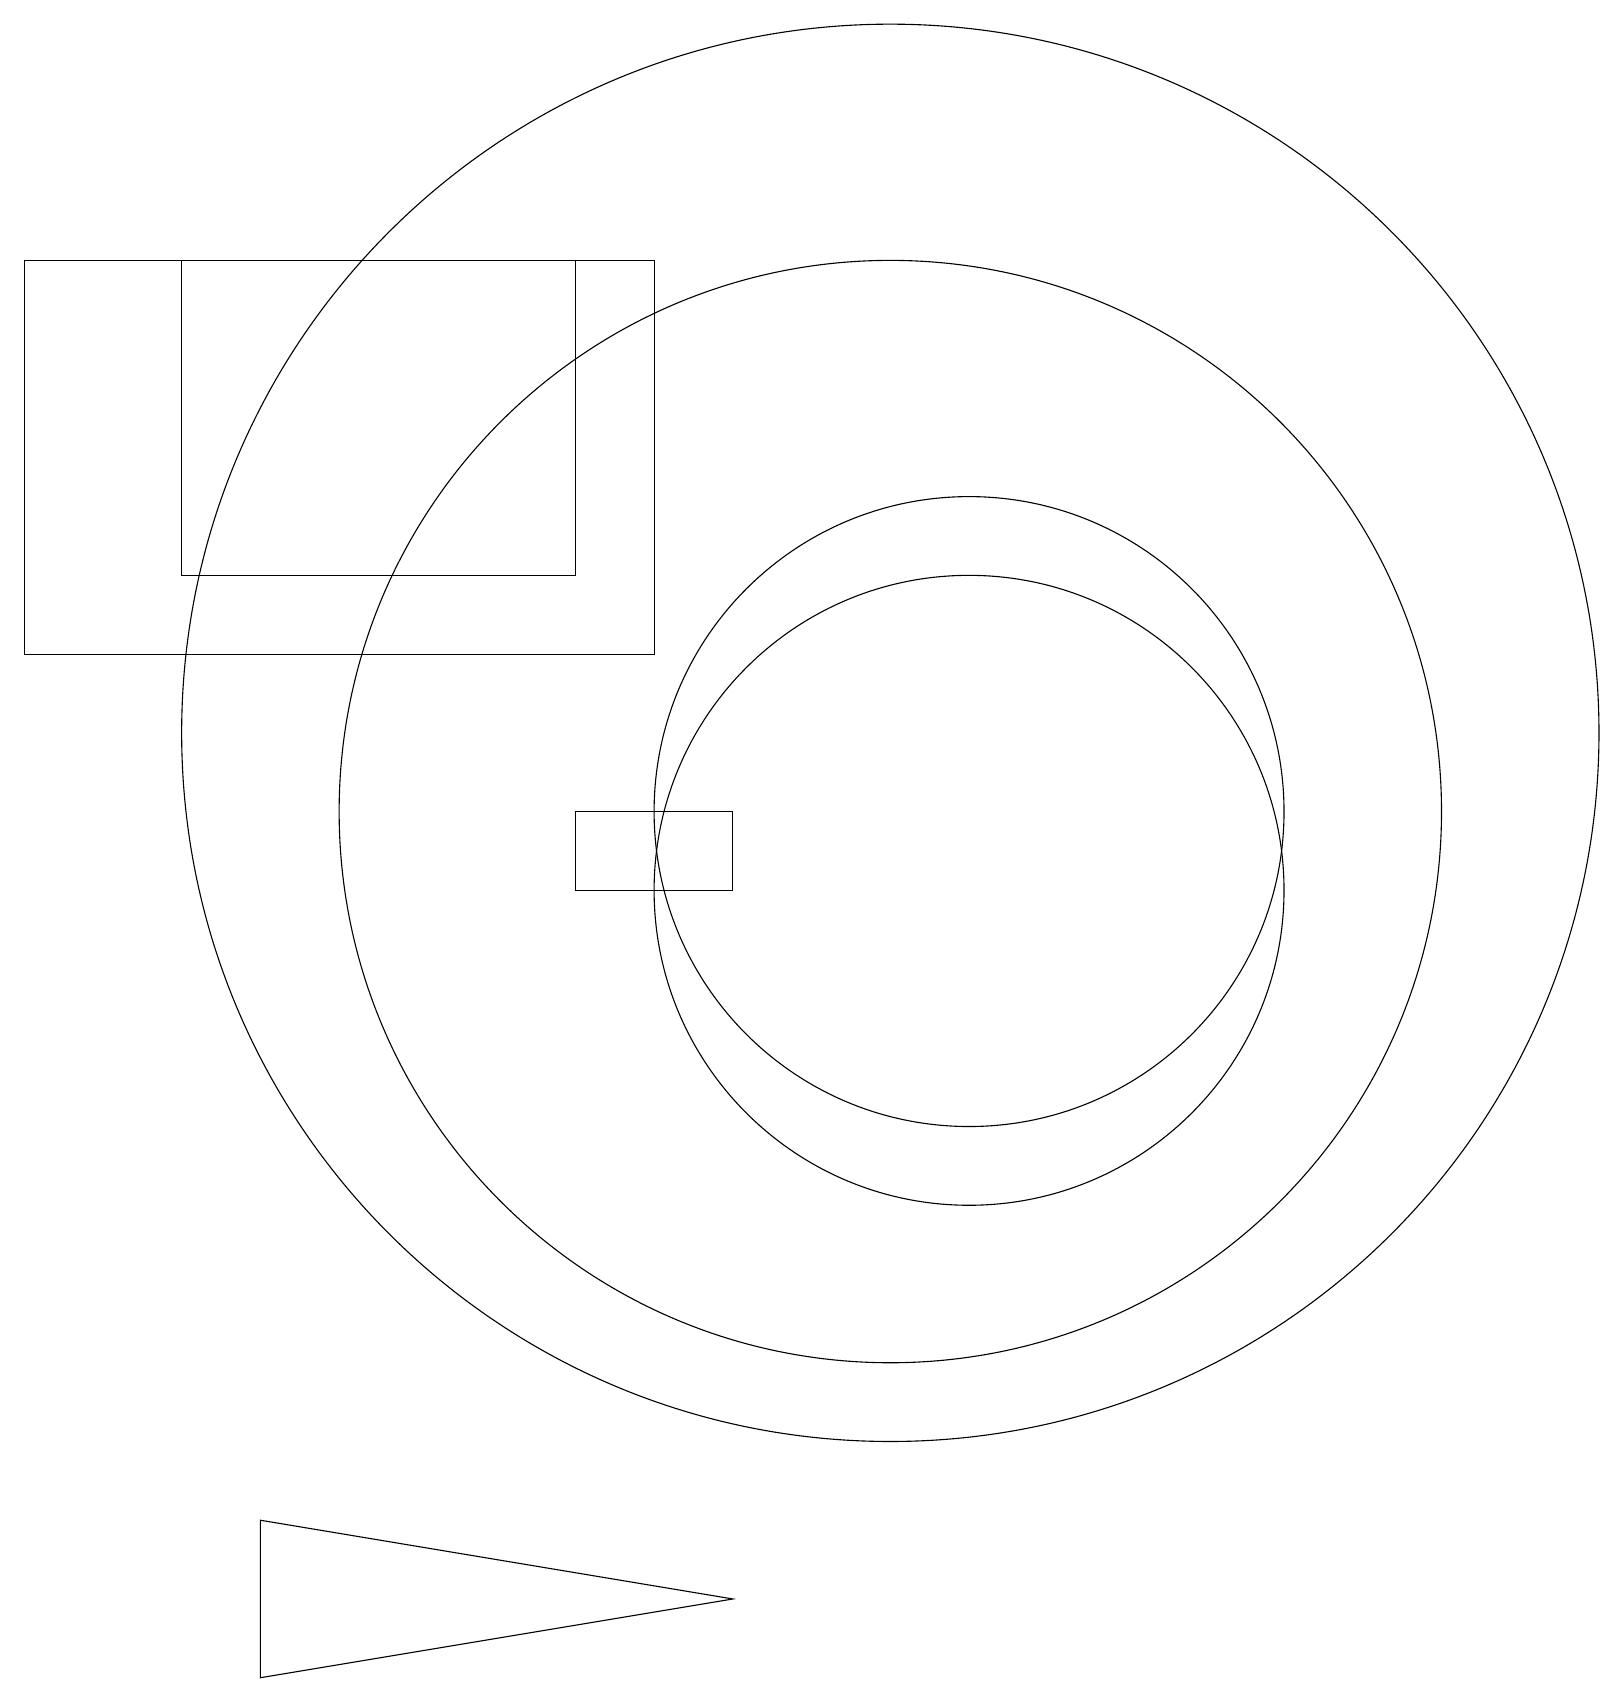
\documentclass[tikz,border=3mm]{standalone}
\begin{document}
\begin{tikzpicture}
\draw (3,0) -- (3,2) -- (9,1) -- cycle;
\draw (2,18) rectangle (7,14);
\draw (12,10) circle (4);
\draw (0,13) rectangle (8,18);
\draw (9,11) rectangle (7,10);
\draw (11,11) circle (7);
\draw (12,11) circle (4);
\draw (11,12) circle (9);
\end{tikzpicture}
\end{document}